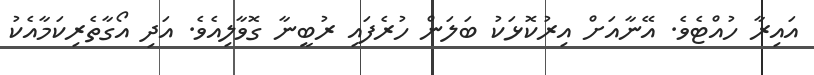
އައިރާ ހުއްޓެވެ. އޭނާއަށް އިރުކޮޅަކު ބަލަން ހުރެފައި ރުބީނާ ގޮވާލިއެވެ. އަދި އޯގާތެރިކަމާއެކު